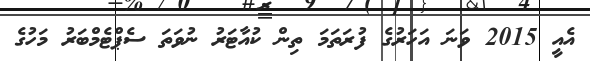
އެއީ 2015 ވަނަ އަހަރުގެ ފުރަތަމަ ތިން ކުއާޓަރު ނުވަތަ ސެޕްޓެމްބަރު މަހުގެ